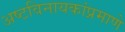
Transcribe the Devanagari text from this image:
अष्टविनायकांप्रमाणे